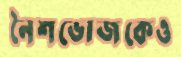
নৈশভোজকেও